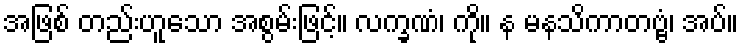
အဖြစ် တည်းဟူသော အစွမ်းဖြင့်။ လက္ခဏံ၊ ကို။ န မနသိကာတဗ္ဗံ၊ အပ်။